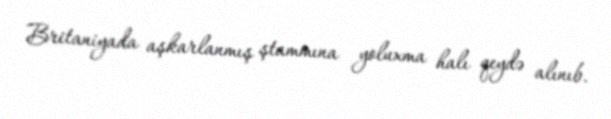
Britaniyada aşkarlanmış ştammına yoluxma halı qeydə alınıb.